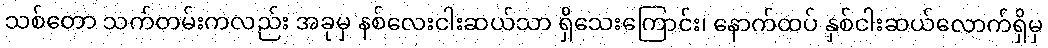
သစ်တော သက်တမ်းကလည်း အခုမှ နစ်လေးငါးဆယ်သာ ရှိသေးကြောင်း၊ နောက်ထပ် နှစ်ငါးဆယ်လောက်ရှိမှ